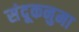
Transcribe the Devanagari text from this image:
संदूकनुमा